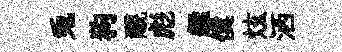
兎狗覼彪艦僕炫洒